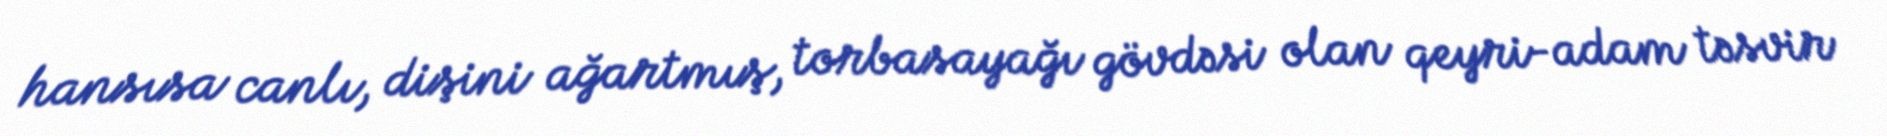
hansısa canlı, dişini ağartmış, torbasayağı gövdəsi olan qeyri-adam təsvir